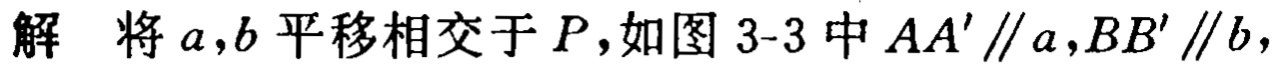
解 将\(a,b\)平移相交于\(P\)，如图 3-3 中\(AA'\parallel a,BB'\parallel b\)，